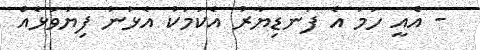
- އެއީ ހަމަ އެ ފަނޑިޔާރު އެކަމަކު އެޅުނު ފިޔަވަޅެއް